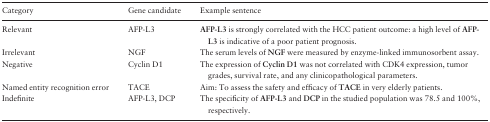
<table><thead><tr><td><b>Category</b></td><td><b>Gene candidate</b></td><td><b>Example sentence</b></td></tr></thead><tbody><tr><td>Relevant</td><td>AFP-L3</td><td><b>AFP-L3</b> is strongly correlated with the HCC patient outcome: a high level of <b>AFP-L3</b> is indicative of a poor patient prognosis.</td></tr><tr><td>Irrelevant</td><td>NGF</td><td>The serum levels of <b>NGF</b> were measured by enzyme-linked immunosorbent assay.</td></tr><tr><td>Negative</td><td>Cyclin D1</td><td>The expression of <b>Cyclin D1</b> was not correlated with CDK4 expression, tumor grades, survival rate, and any clinicopathological parameters.</td></tr><tr><td>Named entity recognition error</td><td>TACE</td><td>Aim: To assess the safety and efficacy of <b>TACE</b> in very elderly patients.</td></tr><tr><td>Indefinite</td><td>AFP-L3, DCP</td><td>The specificity of <b>AFP-L3</b> and <b>DCP</b> in the studied population was 78.5 and 100%, respectively.</td></tr></tbody></table>